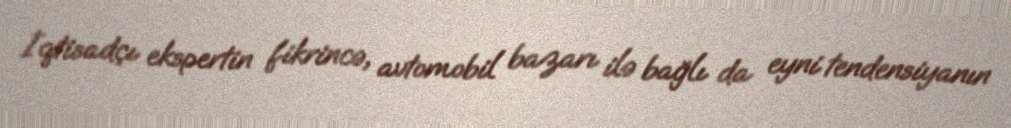
İqtisadçı ekspertin fikrincə, avtomobil bazarı ilə bağlı da eyni tendensiyanın